Medical and sanitary report on the native army of Bombay for the year
Year: 1879
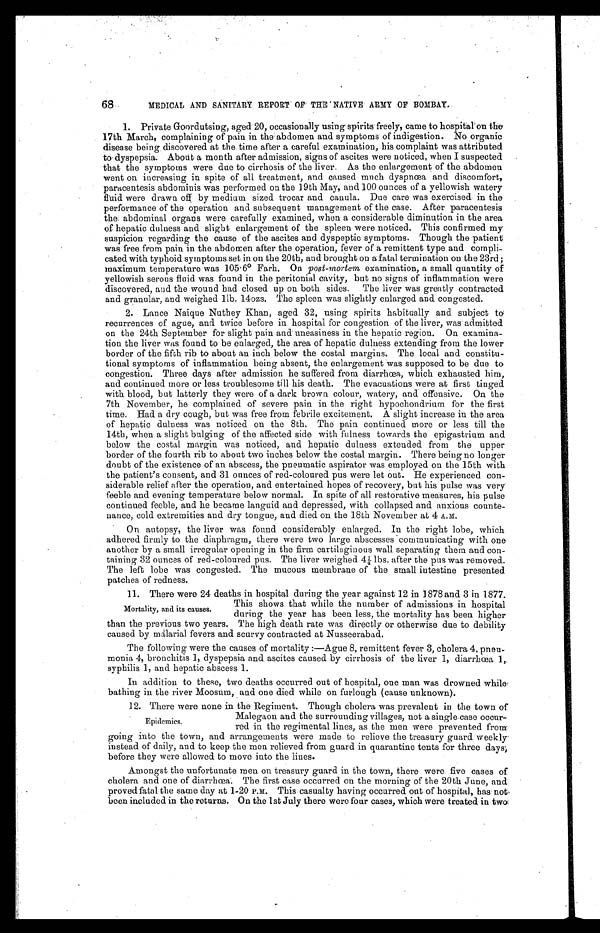
68
MEDICAL AND SANITARY REPORT' OF' THE NATIVE ARMY OF BOMBAY.
1. Private Goordutsing, aged 20, occasionally using spirits-freely, came to hospital on the
17th March, complaining of pain in the abdomen and symptoms of indigestion. No organic
disease being. discovered at the time after a careful examination, his complaint was attributed
to dyspepsia. About a month after admission, signs of ascites Were noticed, when I suspected
that the symptoms were due to cirrhosis of the liver. As the enlargement of the abdomen
went on increasing in spite of all treatment, and caused much dyspnœa and discomfort,
paracentesis abdominis was performed on the 19th May, and 100 ounces of a yellowish watery
fluid were drawn off, by medium sized trocar and canula. Due care was exercised in the
performance of the operation and subsequent management of the case. After paracentesis
the abdominal organs were carefully examined, when a considerable diminution in the area
of hepatic dulness and slight enlargement of the spleen were noticed. This confirmed my
suspicion regarding the cause of the ascites and dyspeptic symptoms. Though the patient
was free from pain in the abdomen after the operation, fever of a remittent type and compli
-
2.
cated with typhoid symptoms set in on the 20th, and brought on a fatal termination on the 23rd;
maximum temperature was 105 . 6° Farh. On post-mortem examination, a small quantity of
yellowish serous fluid was found in the peritonial cavity, but no signs of inflammation were
discovered, and the wound had closed up on both sides. The liver was greatly contracted
a n d g r a n u l a r , a n d we i g h e d 1 l b . 1 4 o z s . Th e s p l e e n wa s s l i g h t l y e n l a r g e d a n d c o n g e s t e d .
3. Lance Naique Nuthey Khan, aged 32, using spirits habitually and subject to
recurrences of ague, and twice before in hospital for congestion of the liver, was admitted
on the 24th September for slight pain and uneasiness in the hepatic region. On examina
- t i o n t h e l i v e r w a s f o u n d t o b e e n l a r g e d , t h e a r e a o f h e p a t i c d u l n e s s e x t e n d i n g f r o m t h e l o w e r
border of the fifth rib to about an inch below the costal margins. The local and constitu
- t i o n a l s y m p t o m s o f i n f l a m m a t i o n b e i n g a b s e n t , t h e e n l a r g e m e n t w a s s u p p o s e d t o b e d u e t o
congestion. Three days after admission he suffered from diarrhœa, which exhausted him,
and continued more or less troublesome till his death. The evacuations were at first tinged
with blood, but latterly they were of a dark brown colour, watery, and offensive. On the
7th November, he complained of severe pain in the right hypochondrium for the first
time. Had a dry cough, but was free from febrile excitement. A slight increase in the area
of hepatic dulness was noticed on the 8th. The pain continued more or less till the
14th, when a slight bulging of the affected side with fulness towards the epigastrium and
below the costal margin was noticed, and hepatic dulness extended from the upper
border of the fourth rib to about two inches below the costal margin. There being no longer
doubt of the existence of an abscess, the pneumatic aspirator was employed on the 15th with
the patient's consent, and 31 ounces of red-coloured pus were let out. He experienced con
- s i d e r a b l e r e l i e f a f t e r t h e o p e r a t i o n , a n d e n t e r t a i n e d h o p e s o f r e c o v e r y , b u t h i s p u l s e w a s v e r y
feeble and evening temperature below normal. In spite of all restorative measures, his pulse
continued feeble, and he became languid and depressed, with collapsed and anxious counte
- n a n c e , c o l d e x t r e m i t i e s a n d d r y t o n g u e , a n d d i e d o n t h e 1 8 t h N o v e m b e r a t 4 A . M .
On autopsy, the liver was found considerably enlarged. In the right lobe, which
adhered firmly to the diaphragm, there were two large abscesses communicating with one
another by a small irregular opening in the firm cartilaginous wall separating them and con
- t a i n i n g 3 2 o u n c e s o f r e d - c o l o u r e d p u s . T h e l i v e r w e i g h e d 4 1 / 4 l b s . a f t e r t h e p u s w a s r e m o v e d .
The left lobe was congested. The mucous membrane of the small intestine presented
patches of redness.
11.There were 24 deaths in hospital during the year against 12 in 1878 and 3 in 1877.
This shows that while the number of admissions in hospital
Mortality, and its causes. during the year has been less, the mortality has been higher
than the previous two years. The high death rate was directly or otherwise due to debility
caused by malarial fevers and scurvy contracted at Nusseerabad.
The following were the causes of mortality:—Ague 8, remittent fever 3, cholera 4, pneu
- m o n i a 4 , b r o n c h i t i s 1 , d y s p e p s i a a n d a s c i t e s c a u s e d b y c i r r h o s i s o f t h e l i v e r 1 , d i a r r h œ a 1 ,
syphilis 1, and hepatic abscess 1.
In addition to these, two deaths occurred out of hospital, one man was drowned while
bathing in the river Moosum, and one died while on furlough (cause unknown).
12.There were none in the Regiment. Though cholera was prevalent in the town of
Malegaon and the surrounding villages, not a single:case occur-
Epidemics.
red in the regimental lines, as the men were prevented from
going into the town, and arrangements were made to relieve the treasury guard weekly.
instead of daily, and to keep the men relieved from guard in quarantine tents for three days,
before they were allowed to move into the lines.
Amongst the unfortunate men on treasury guard in the town, there were five cases of
cholera and one of diarrhœa. The first case occurred on the morning of the 20th June, and
proved fatal the same day at 1-20 P.M. This. casualty having occurred out of hospital, has not
been included in the returns. On the 1st July there were four cases, which were treated in two.